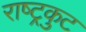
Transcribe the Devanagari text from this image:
राष्‍ट्रकुट